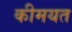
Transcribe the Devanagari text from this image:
कीमयत